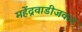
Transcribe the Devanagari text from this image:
महेंद्रवाडीजवळ